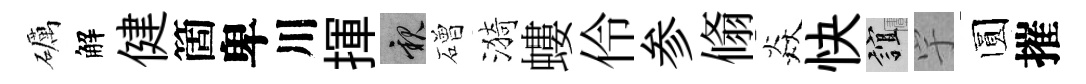
礪解健箇卑川揮親磳漪螻伶参翛焱快誼宇圆摧